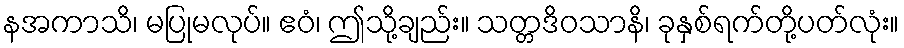
နအကာသိ၊ မပြုမလုပ်။ ဧဝံ၊ ဤသို့ချည်း။ သတ္တဒိဝသာနိ၊ ခုနှစ်ရက်တို့ပတ်လုံး။